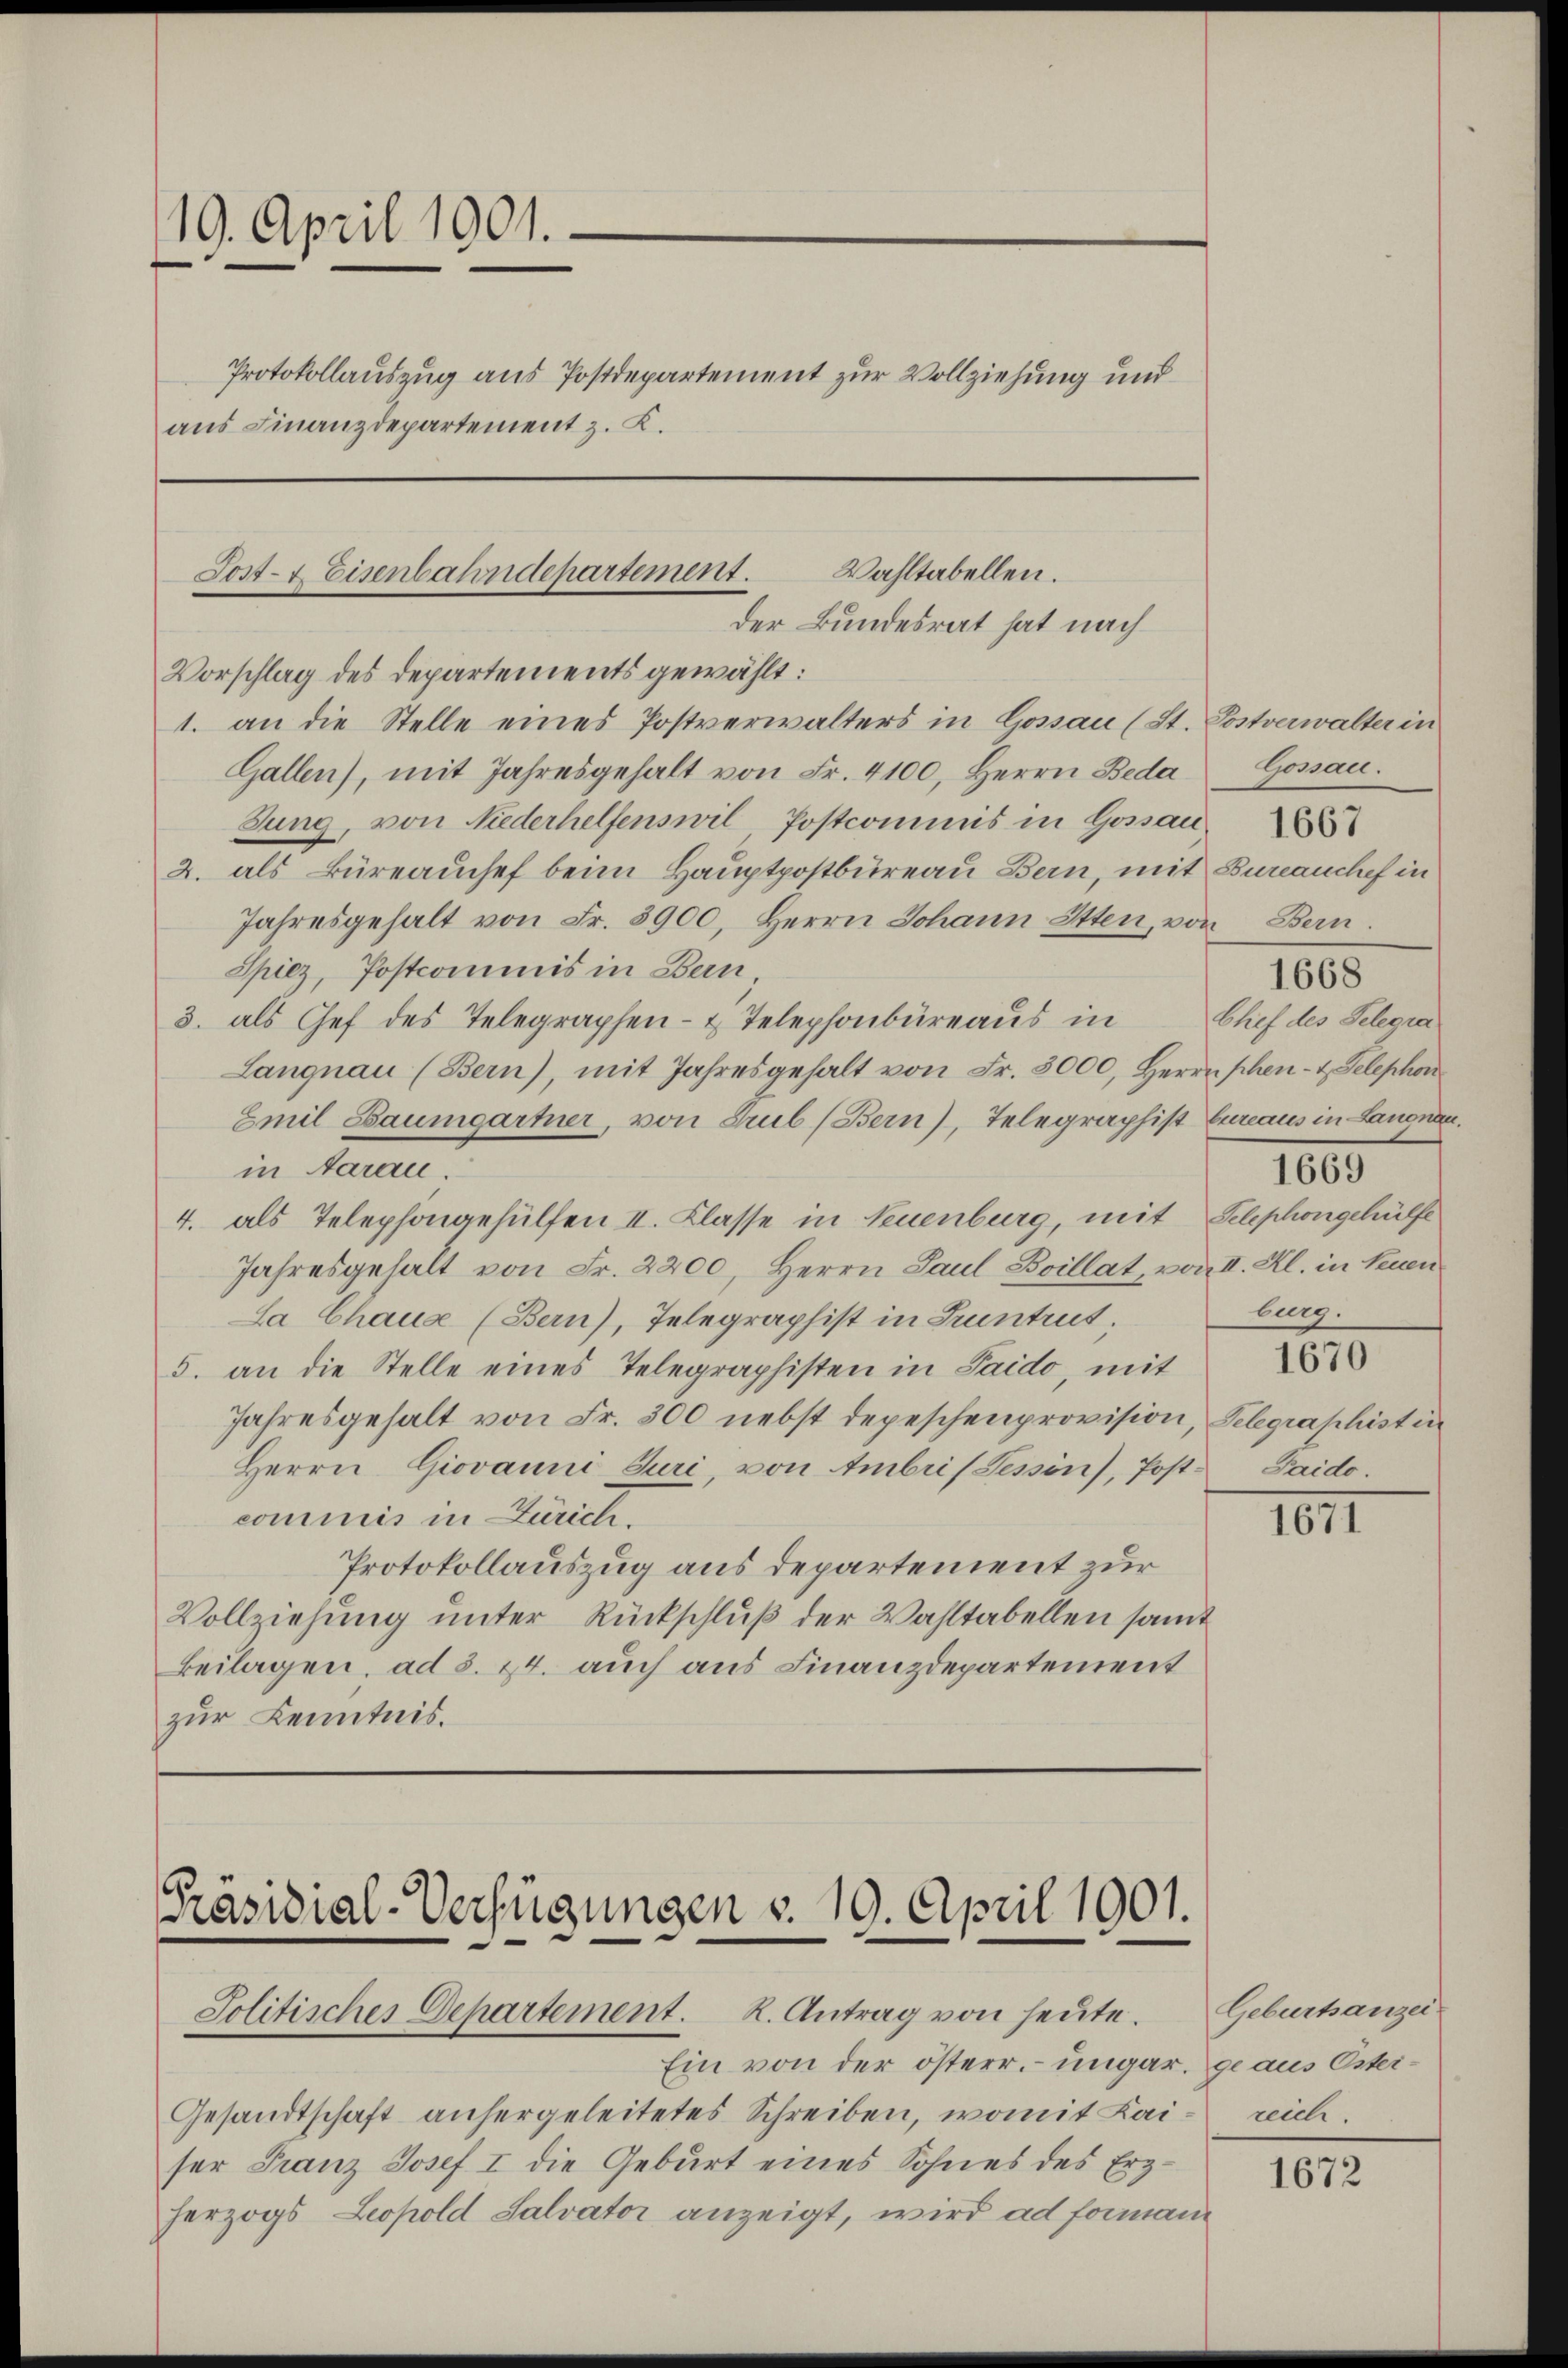
19. April 1901.
Protokollauszug aus Postdepartement zur Vollziehung und
aus Finanzdepartement z. B.

Wahltabellen.
Post- & Eisenbahndepartement.
der Bundesrat hat nach

Präsidial-Verfügungen v. 19. April 1901.
Jolitischer Departement. K. Antrag von heute.

Vorschlag des Departements gewählt:
1. an die Stelle eines Postverwalters in Gossau (St. Postverwalter in
Gallen), mit Jahresgehalt von Fr. 4100, Herrn Beda
Sung, von Niederhelfenswil Postcommis in Gossau
2. als Büreauchef beim Hauptpostbureau Bern, mit Bureauchef in
Jahresgehalt von Fr. 3900, Herrn Johann Otten, von Bern.
Spiez, Postcommis in Bern,
3. als Chef des Telegraphen- & Telephonbüreaŭs in Chef des Telegra
Langnau (Bern), mit Jahresgehalt von Fr. 3000, Herrn schen- & Gelephon
Emil Baumgartner, von Trub (Bern), Telegraphist Eureaus in Langnau
in Aarau.
4. als Telephongehülfen II. Klasse in Neuenburg, mit Schphongehülfe
Jahresgehalt von Fr. 2200, Herrn Paul Boillat, von II. Kl. in Neuen
La Chause (Bern), Telegraphist in Gruntrut,
5. an die Stelle eines Telegraphisten in Saido, mit
Jahresgehalt von Fr. 300 nebst depeschenprovision, Telegraphistin
Herrn Giovanni Juri, von Ambris Tessin), Postcommis in Zürich.
Protokollauszug aus departement zur
Vollziehung unter Rückschluß der Wahltabellen samt
Beilagen, ad 3. 24. auch aus Finanzdepartement
zur Kenntnis.

Ein von der österr. ungar. geaus Oster¬
Gesandtschaft anhergeleitetes Schreiben, womit Kai- reich.
ser Franz Josef I die Geburt eines Sohnes des Erzherzogs Leopold Salvator anzeigt, wird ad forman¬

Gossau.
1000
burg.

1668

1670

Paido.

1811.

Geburtsanzei

1672